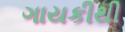
ગાયકીથી